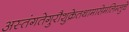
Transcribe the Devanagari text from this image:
अस्तंगतेगुरौशुक्रेतथामासेमलिम्लुचे